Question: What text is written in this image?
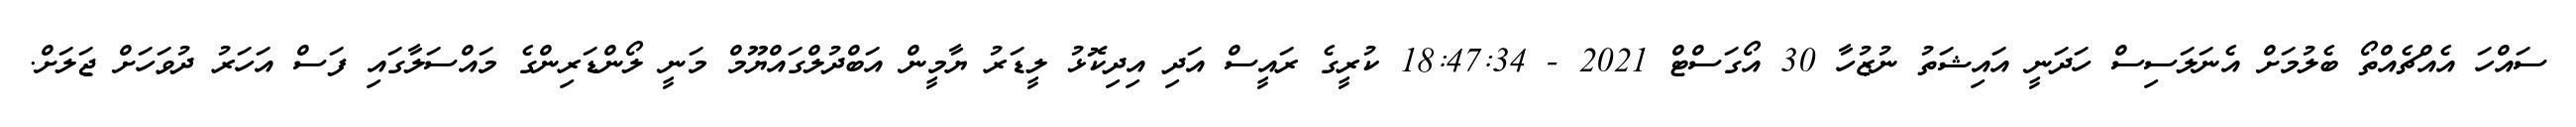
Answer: ސައްހަ އެއްޗެއްތޯ ބެލުމަށް އެނަލަސިސް ހަދަނީ އައިޝަތު ނުޒުހާ 30 އޯގަސްޓް 2021 - 18:47:34 ކުރީގެ ރައީސް އަދި އިދިކޮޅު ލީޑަރު ޔާމީން އަބްދުލްގައްޔޫމް މަނީ ލޯންޑަރިންގެ މައްސަލާގައި ފަސް އަހަރު ދުވަހަށް ޖަލަށް.